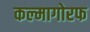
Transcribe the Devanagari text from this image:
कल्मागोरफ